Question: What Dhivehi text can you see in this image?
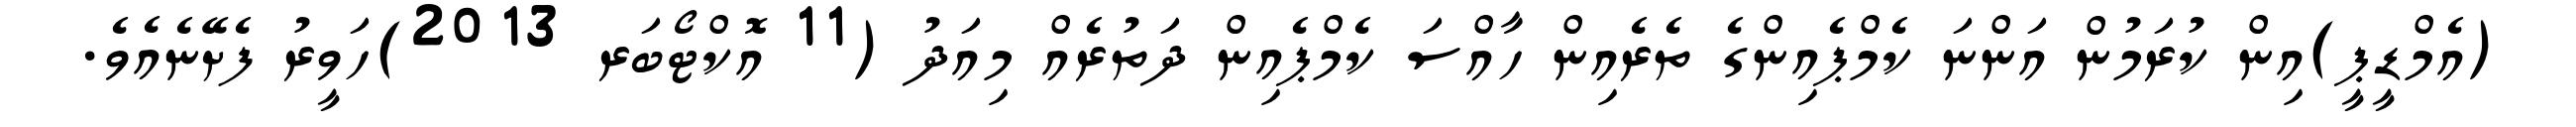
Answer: (އެމްޑީޕީ)އިން ކުރަމުން އަންނަ ކެމްޕެއިންގެ ތެރެއިން ހާއްސަ ކެމްޕެއިން ދަތުރެއް މިއަދު (11 އޮކްޓޯބަރ 2013)ހަވީރު ފެށޭނެއެވެ.